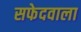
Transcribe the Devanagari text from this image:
सफेदवाला